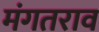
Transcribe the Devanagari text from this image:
मंगतराव